Mental hospitals Bombay report 1929-33 - 1929-1933
Year: 1929
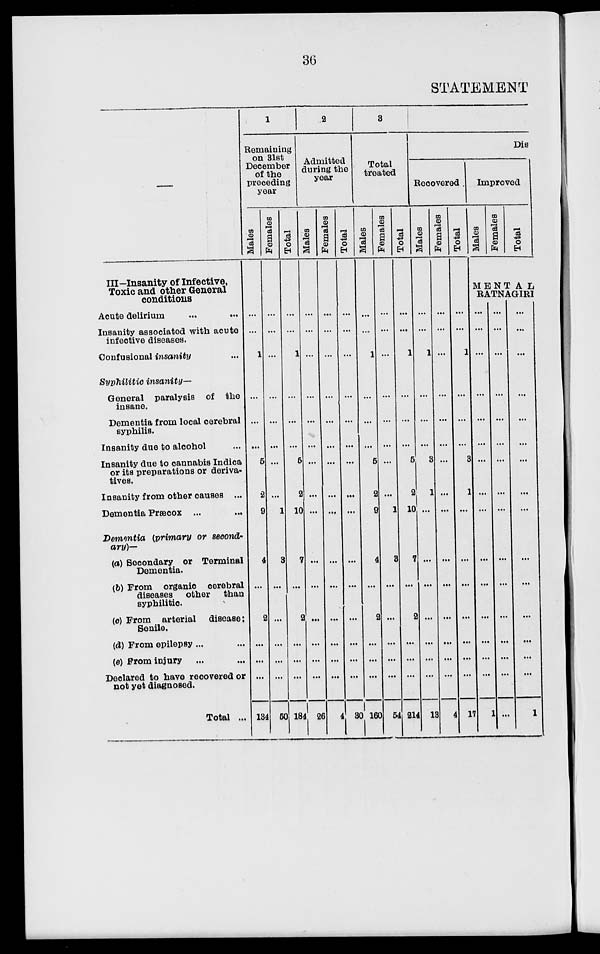
36
STATEMENT
—
III-Insanity of Infective,
Toxic and other General
conditions
Acute delirium ... ...
Insanity associated with acute
infective diseases.
Confusional insanity ...
Syphilitic insanity—
General paralysis of the
insane.
Dementia from local cerebral
syphilis.
Insanity due to alcohol ...
Insanity due to cannabis Indica
or its preparations or deriva-
tives.
Insanity from other causes ...
Dementia Præcox ... ...
Demmtia (primary or second-
ary)—
(a) Secondary or Terminal
Dementia.
(b) From organic cerebral
diseases other
than
syphilitic.
(c) From arterial disease :
Senile.
(d) From epilepsy ... ...
(e) From injury ... ...
Declared to have recovered or
not yet diagnosed.
Total ...
1
Remaining
on 31st
December
of the
preceding
year
Males
...
...
1
...
...
...
5
2
9
4
...
2
...
...
...
134
Females
...
...
...
...
...
...
...
...
1
3
...
...
...
...
...
50
Total
...
...
1
...
...
...
5
2
10
7
...
2
...
...
...
184
2
Admitted
during the
year
Males
...
...
...
...
...
...
...
...
...
...
...
...
...
...
...
26
Females
...
...
...
...
...
...
...
...
...
...
...
...
...
...
...
4
Total
...
...
...
...
...
...
...
...
...
...
...
...
...
...
...
30
3
Total
treated
Males
...
...
1
...
...
...
5
2
9
4
...
2
...
...
...
160
Females
...
...
...
...
...
...
...
...
1
3
...
...
...
...
...
54
Total
...
...
1
...
...
...
5
2
10
7
...
2
...
...
...
214
Dis
Recovered
Males
...
...
1
...
...
...
3
1
...
...
...
...
...
...
...
13
Females
...
...
...
...
...
...
...
...
...
...
...
...
...
...
...
4
Total
...
...
1
...
...
...
3
1
...
...
...
...
...
...
...
17
Improved
Males
Females
Total
MENTAL
RATNAGIRI
...
...
...
...
...
...
...
...
...
...
...
...
...
...
...
1
...
...
...
...
...
...
...
...
...
...
...
...
...
...
...
...
...
...
...
...
...
...
...
...
...
...
...
...
...
...
...
1